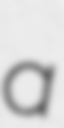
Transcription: a